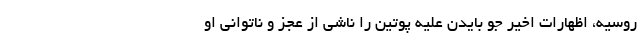
روسیه، اظهارات اخیر جو بایدن علیه پوتین را ناشی از عجز و ناتوانی او